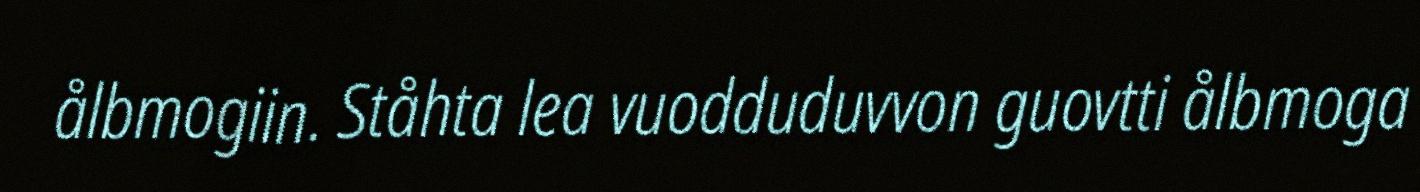
ålbmogiin. Ståhta lea vuodduduvvon guovtti ålbmoga